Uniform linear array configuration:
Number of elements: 8
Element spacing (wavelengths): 1
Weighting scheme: binomial
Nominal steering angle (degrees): -60
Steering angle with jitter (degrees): -59.17
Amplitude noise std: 0.05
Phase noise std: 0.05

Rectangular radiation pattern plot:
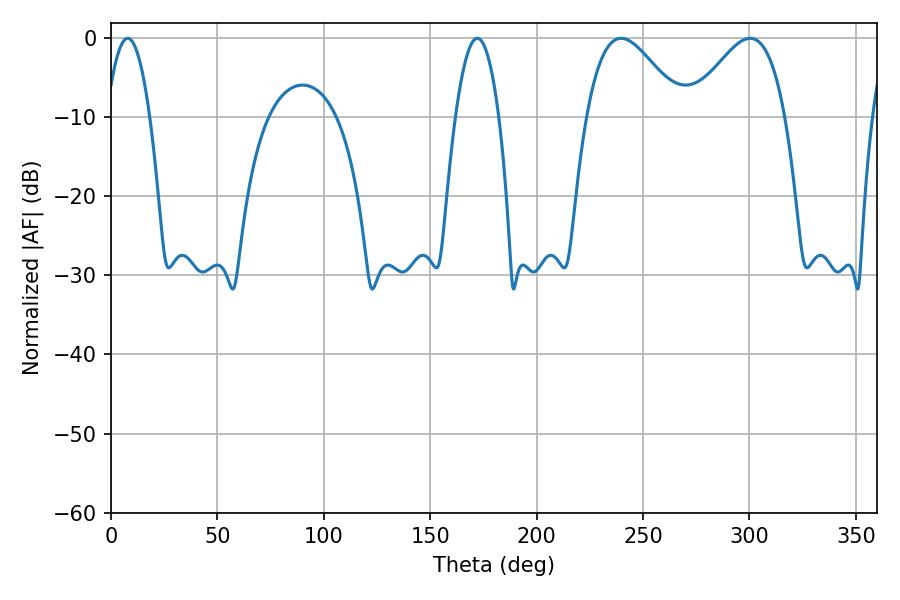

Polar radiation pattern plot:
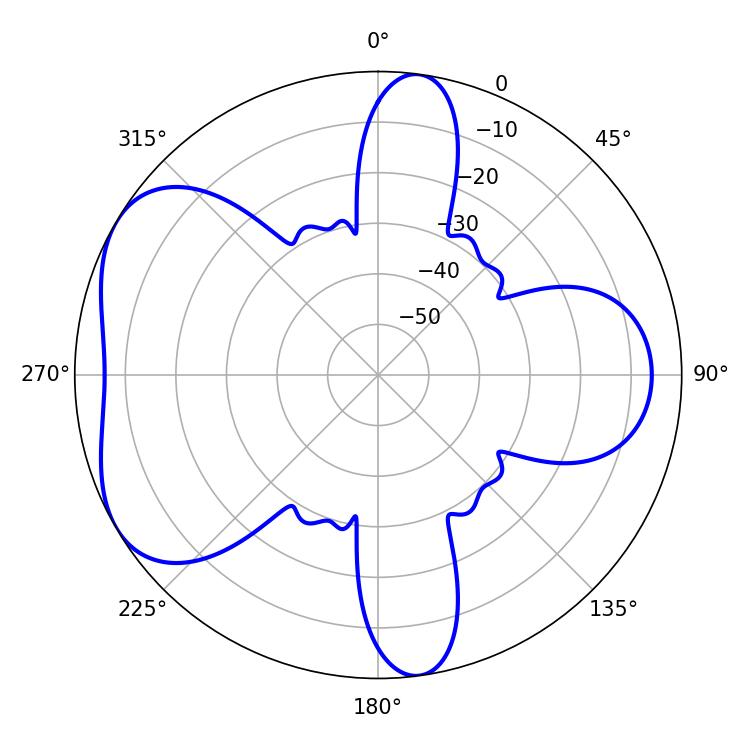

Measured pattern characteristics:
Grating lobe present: TRUE
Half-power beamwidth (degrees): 23.94
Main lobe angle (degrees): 239.76